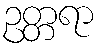
ဥတ္တရာ